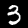
Digit: 3